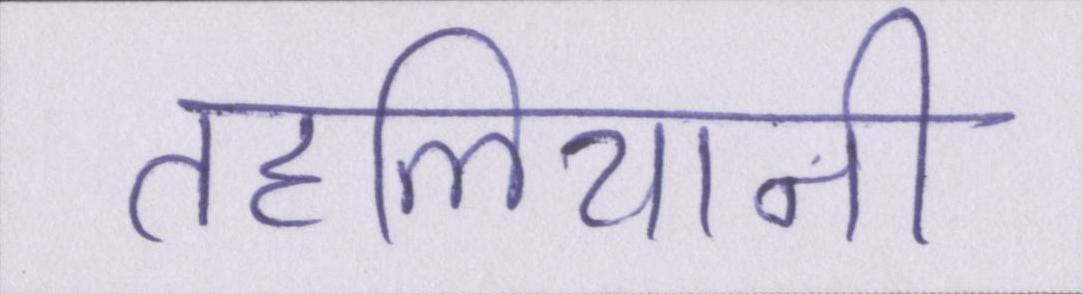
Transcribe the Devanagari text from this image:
तहलियानी